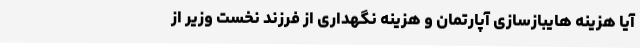
آیا هزینه هایبازسازی آپارتمان و هزینه نگهداری از فرزند نخست وزیر از